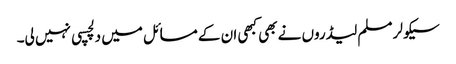
سیکولر مسلم لیڈروں نے بھی کبھی ان کے مسائل میں دلچسپی نہیں لی۔